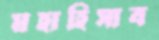
মহাহিসাব